Bulletin of the Pasteur Institute of Southern India, Coonoor - No. 2.
Year: 1909
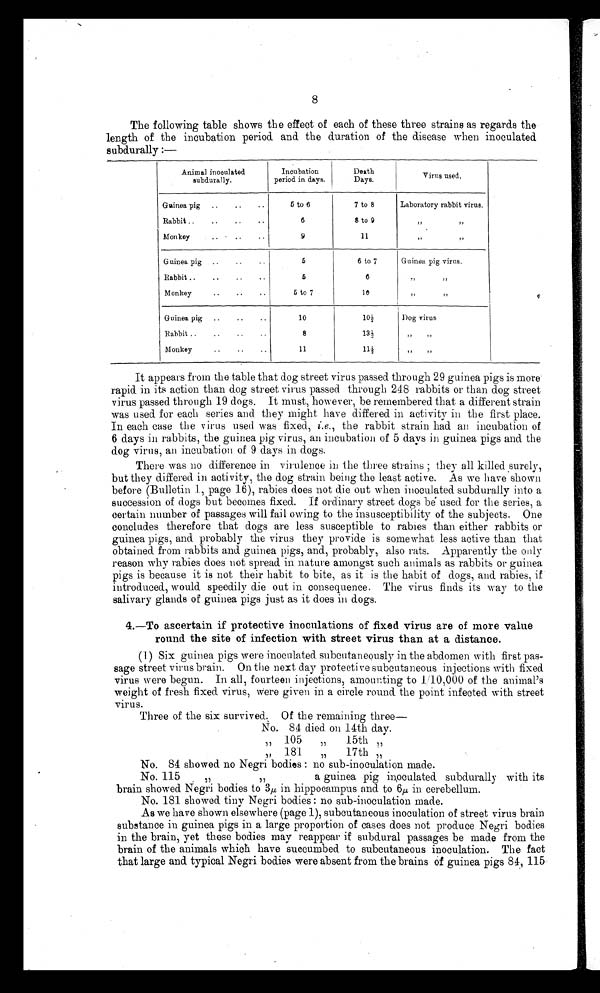
8
The following table shows the effect of each of these three strains as regards the
length of the incubation period and the duration of the disease when inoculated
subdurally:—
Animal inoculated
subdurally.
Incubation
period in days.
Death
Days.
Virus used.
Guinea pig ..
..
..
Rabbit ..
..
..
..
Monkey
5 to 6
6
9
7 to 8
8 to 9
11
Laboratory rabbit virus.
,,
Guinea pig ..
..
..
Rabbit ..
..
..
..
Monkey
5
5
5 to 7
6 to 7
6
10
Guinea pig virus.
Guinea pig ..
..
..
Rabbit ..
..
..
Monkey
10
8
11
1 0 ½
2
131;
1 1 ½
Dog virus
It appears from the table that dog street virus passed through 29 guinea pigs is more
rapid in its action than dog street virus passed through 248 rabbits or than dog street
virus passed through 19 dogs. It must, however, be remembered that a different strain
was used for each series and they might have differed in activity in the first place.
In each case the virus used was fixed, i.e., the rabbit strain had an incubation of
6 days in rabbits, the guinea pig virus, an incubation of 5 days in guinea pigs and the
dog virus, an incubation of 9 days in dogs.
There was no difference in virulence in the three strains; they all killed surely,
but they differed in activity, the dog strain being the least active. As we have shown
before (Bulletin 1, page 16), rabies does not die out when inoculated subdurally into a
succession of dogs but becomes fixed. If ordinary street dogs be used for the series, a
certain number of passages will fail owing to the insusceptibility of the subjects. One
concludes therefore that dogs are less susceptible to rabies than either rabbits or
guinea pigs, and probably the virus they provide is somewhat less active than that
obtained from rabbits and guinea pigs, and, probably, also rats. Apparently the only
reason why rabies does not spread in nature amongst such animals as rabbits or guinea
pigs is because it is not their habit to bite, as it is the habit of dogs, and rabies, if
introduced, would speedily die out in consequence. The virus finds its way to the
salivary glands of guinea pigs just as it does in dogs.
4.—To ascertain if protective inoculations of fixed virus are of more value
round the site of infection with street virus than at a distance.
(1) Six guinea pigs were inoculated subcutaneously in the abdomen with first pas-
sage street virus brain. On the next day protective subcutaneous injections with fixed
virus were begun. In all, fourteen injections, amounting to 1/10,000 of the animal's
weight of fresh fixed virus, were given in a circle round the point infected with street
virus.
Three of the six survived. Of the remaining three—
No. 84 died. on 14th day.
1 5 t h "
1 7 t h "
No. 84 showed no Negri bodies : no sub-inoculation made.
No. 115
a guinea pig inoculated subdurally with its
brain showed Negri bodies to 3µ in hippocampus and to 6 µ in cerebellum.
No. 181 showed tiny Negri bodies : no sub-inoculation made.
As we have shown elsewhere (page 1), subcutaneous inoculation of street virus brain
substance in guinea pigs in a large proportion of cases does not produce Negri bodies
in the brain, yet these bodies may reappear if subdural passages be made from the
brain of the animals which have succumbed to subcutaneous inoculation. The fact
that large and typical Negri bodies were absent from the brains of guinea pigs 84, 115